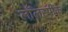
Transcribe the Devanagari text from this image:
लॉलस्पीक